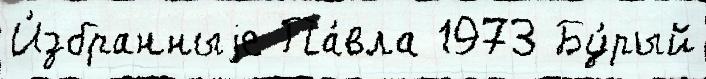
И́збранныjе Па́вла 1973 Бу́рый